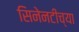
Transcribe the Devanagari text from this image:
सिनेनटीच्या